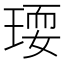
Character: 𤧋